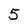
Character: 5